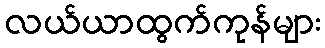
လယ်ယာထွက်ကုန်များ